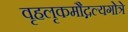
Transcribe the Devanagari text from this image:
वृहलृकमौद्गल्यगोत्रे